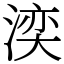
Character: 湙